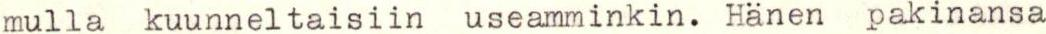
mulla kuunneltaisiin useamminkin. Hänen pakinansa